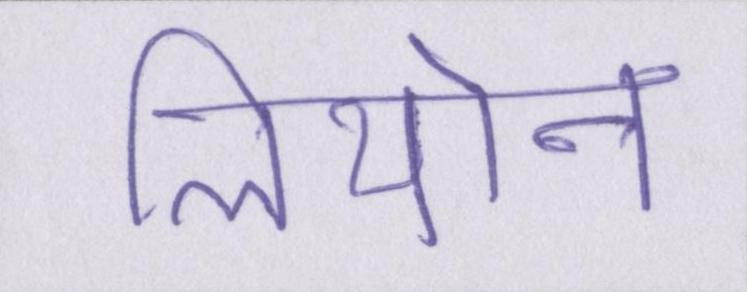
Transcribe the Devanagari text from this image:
लियोन